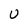
Character: U